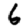
Digit: 6